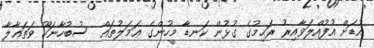
އުޑަށް އުފުއްލަވާއިރު ރަޙިމުގެ ގުޅުން ކަނޑާ މީހުންގެ ޢަމަލުތައް  ސުބުހާނަހޫ ވަތަޢާލާ